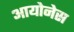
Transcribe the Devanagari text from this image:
आयोनेस